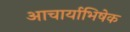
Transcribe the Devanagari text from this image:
आचार्याभिषेक